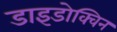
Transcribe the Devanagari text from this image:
डाइडोक्विन